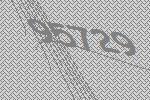
95729